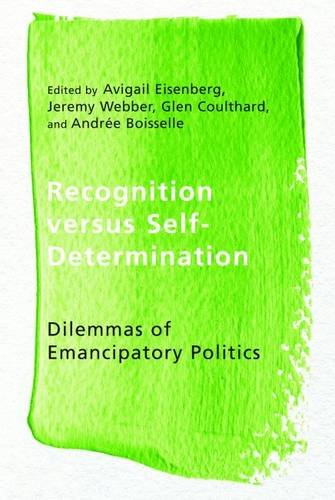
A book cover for Recognition versus Self-Determination: Dilemmas of Emancipatory Politics (Ethnicity and Democratic Governance); Law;